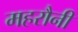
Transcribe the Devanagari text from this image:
महरौनी